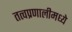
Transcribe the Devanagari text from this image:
तत्वप्रणालीमध्ये